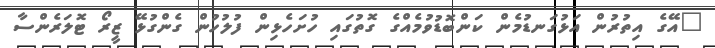
"އޭގެ އިތުރުން އަޅުގަނޑުމެން ކަންބޮޑުވުމެއްގެ ގޮތުގައި ހުށަހެޅިން ފުލުހުން ގެންގުޅޭ ޒީރޯ ޓޮލަރެންސާ